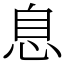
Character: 息